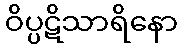
ဝိပ္ပဋိသာရိနော